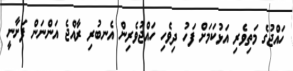
ހައްޖުގެ މަތިވެރި އަޅުކަމަށް ފަހު ދިވެހި ހައްޖުވެރިން އެނބުރި ރާއްޖެ އަންނަން ފަށާނީ